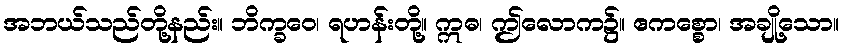
အဘယ်သည်တို့နည်း။ ဘိက္ခဝေ၊ ရဟန်းတို့။ ဣဓ၊ ဤလောက၌။ ဧကစ္စော၊ အချို့သော။